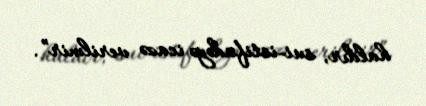
haldır, sui-istifadəyə icazə verilmir”.